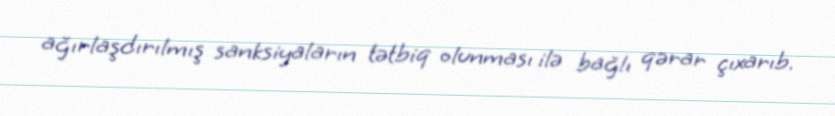
ağırlaşdırılmış sanksiyaların tətbiq olunması ilə bağlı qərar çıxarıb.